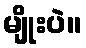
မျိုးပဲ။